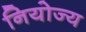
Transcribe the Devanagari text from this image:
नियोज्य